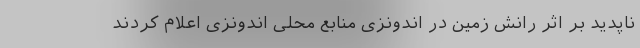
ناپدید بر اثر رانش زمین در اندونزی منابع محلی اندونزی اعلام کردند